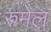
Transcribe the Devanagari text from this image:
रुमेल